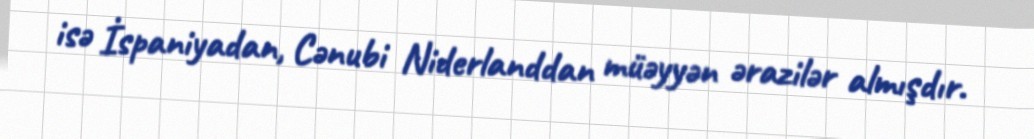
isə İspaniyadan, Cənubi Niderlanddan müəyyən ərazilər almışdır.